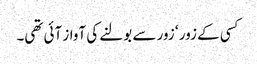
کسی کے زور ‘ زور سے بولنے کی آواز آئی تھی۔